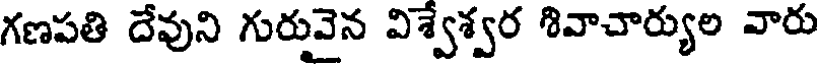
గణపతి దేవుని గురువైన విశ్వేశ్వర శివాచార్యుల వారు